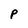
Character: P